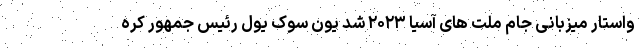
واستار میزبانی جام ملت های آسیا ۲۰۲۳ شد یون سوک یول رئیس جمهور کره